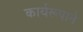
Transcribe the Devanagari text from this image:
कार्यरूपाने